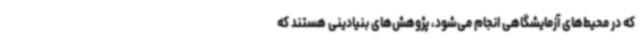
که در محیط‌های آزمایشگاهی انجام می‌شود، پژوهش‌های بنیادینی هستند که